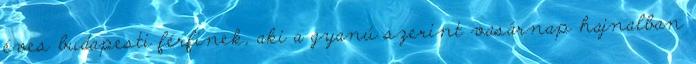
éves budapesti férfinek, aki a gyanú szerint vasárnap hajnalban